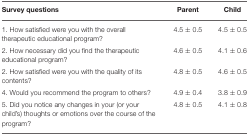
<table><thead><tr><td><b>Survey questions</b></td><td><b>Parent</b></td><td><b>Child</b></td></tr></thead><tbody><tr><td>1. How satisfied were you with the overall therapeutic educational program?</td><td>4.5 ± 0.5</td><td>4.5 ± 0.5</td></tr><tr><td>2. How necessary did you find the therapeutic educational program?</td><td>4.6 ± 0.5</td><td>4.1 ± 0.6</td></tr><tr><td>2. How satisfied were you with the quality of its contents?</td><td>4.8 ± 0.5</td><td>4.6 ± 0.5</td></tr><tr><td>4. Would you recommend the program to others?</td><td>4.9 ± 0.4</td><td>3.8 ± 0.9</td></tr><tr><td>5. Did you notice any changes in your (or your child&#x27;s) thoughts or emotions over the course of the program?</td><td>4.8 ± 0.5</td><td>4.1 ± 0.8</td></tr></tbody></table>